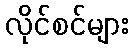
လိုင်စင်များ